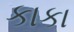
કાકા